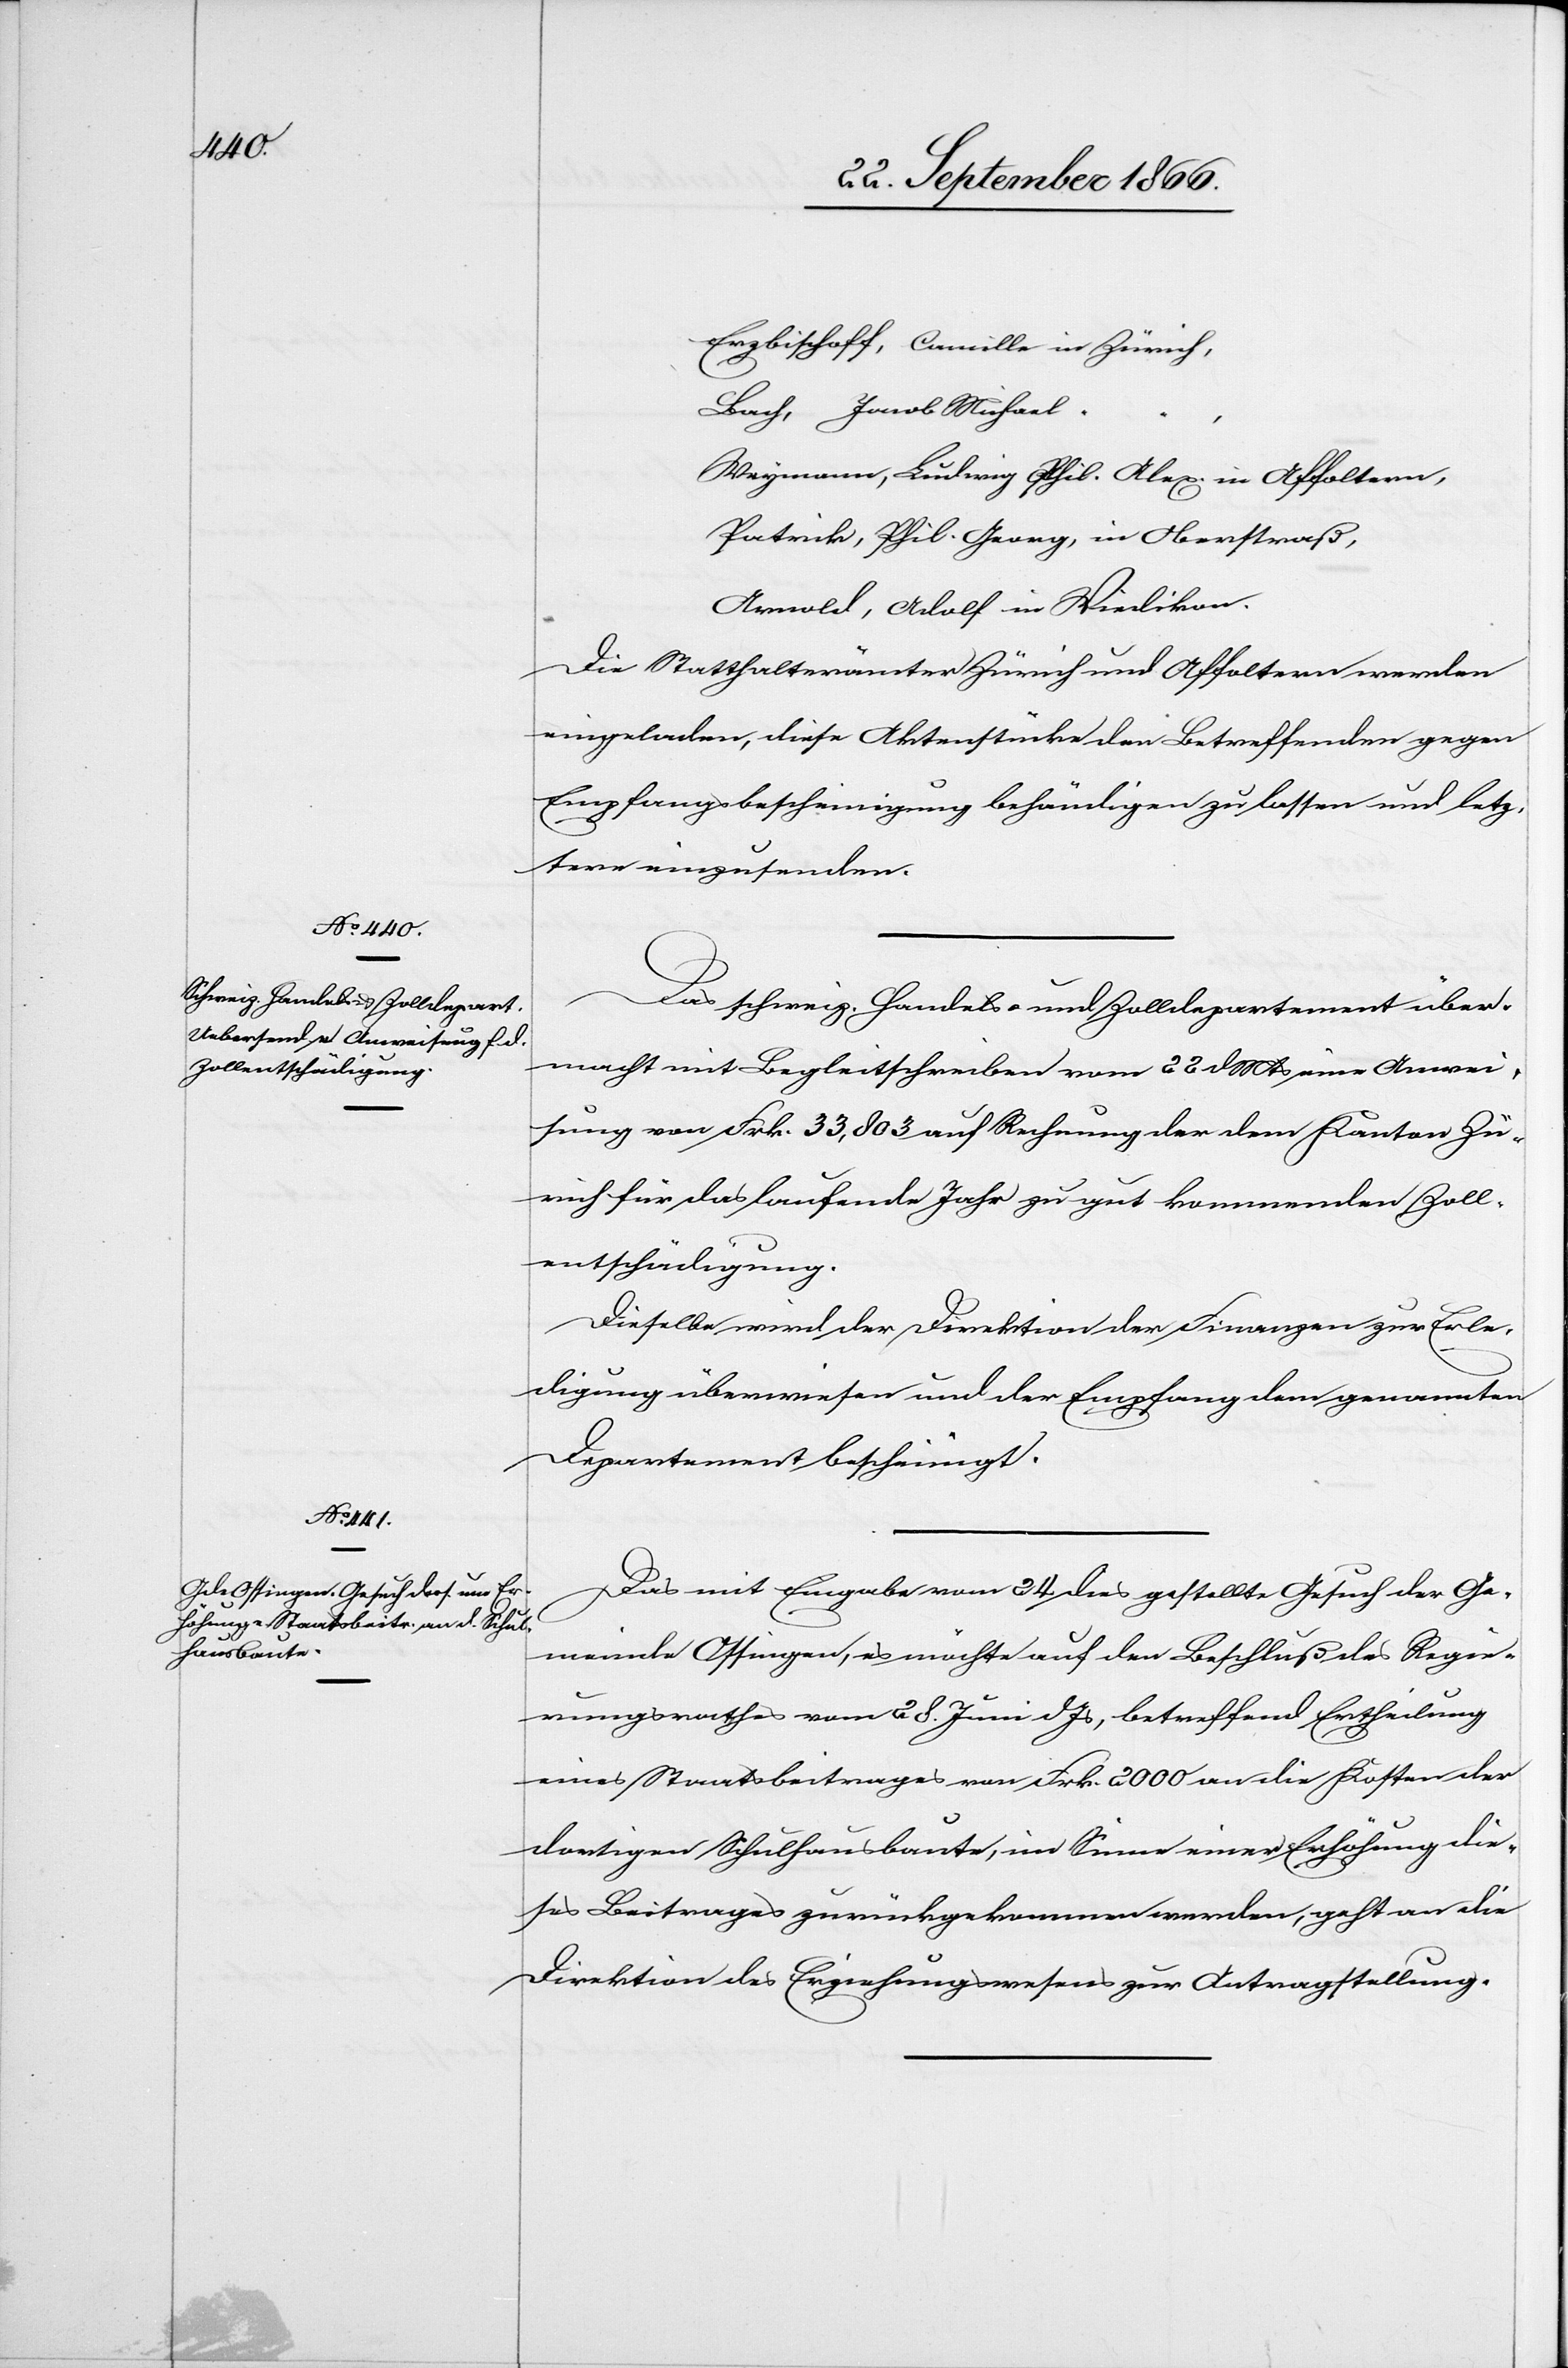
26. September 1866.]
Erzbischoff, Camille in Zürich,
Bach, Jacob Michael
Weymann, Ludwig Phil. Alex. in Affoltern,
Patrik, Phil. Georg, in Oberstraß,
Arnold, Adolf in Wiedikon.
Die Statthalterämter Zürich und Affoltern werden
eingeladen, diese Aktenstücke den Betreffenden gegen
Empfangsbescheinigung behändigen zu lassen und letz¬
tere einzusenden.
Das schweiz. Handels- und Zolldepartement über¬
macht mit Begleitschreiben vom 22. dMts eine Anwei¬
sung von Frk. 33 803 auf Rechnung der dem Kanton Zü¬
rich für das laufende Jahr zu gut kommenden Zoll¬
entschädigung.
Dieselbe wird der Direktion der Finanzen zur Erle¬
digung überwiesen und der Empfang dem genannten
Departement bescheinigt.
Das mit Eingabe vom 24. dies gestellte Gesuch der Ge¬
meinde Ossingen, es möchte auf den Beschluß des Regie¬
rungsrathes vom 28. Juni dJs, betreffend Ertheilung
eines Staatsbeitrages von Frk. 2000 an die Kosten der
dortigen Schulhausbaute, im Sinne einer Erhöhung die¬
ses Beitrages zurückgekommen werden, geht an die
Direktion des Erziehungswesens zur Antragstellung.